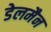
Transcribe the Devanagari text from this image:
डेलमैन